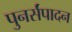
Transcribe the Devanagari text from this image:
पुनर्संपादन